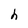
Character: h